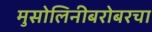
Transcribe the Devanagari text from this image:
मुसोलिनीबरोबरचा